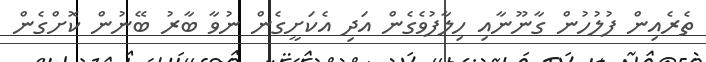
ތެރެއިން ފުލުހުން ގާނޫނާއި ހިލާފުވެގެން އަދި އެކަށީގެން ނުވާ ބާރު ބޭނުން ކޮށްގެން